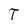
Character: T